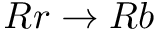
R r \rightarrow R b